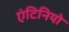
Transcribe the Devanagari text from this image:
एंटिनियो